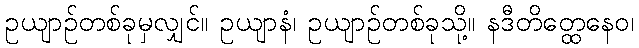
ဥယျာဉ်တစ်ခုမှလျှင်။ ဥယျာနံ၊ ဥယျာဉ်တစ်ခုသို့။ နဒီတိတ္ထေနေဝ၊